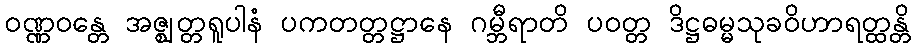
ဝဏ္ဏဝန္တေ အဇ္ဈတ္တရူပါနံ ပကတတ္တဋ္ဌာနေ ဂမ္ဘီရာတိ ပဝတ္တ ဒိဋ္ဌဓမ္မသုခဝိဟာရတ္ထန္တိ